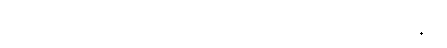
ခံစားနေရတဲ့ ရွှေနန်းရှင်ဘုရားကိုလည်း အပူမရှာကြပါနှင့်။